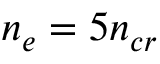
n _ { e } = 5 n _ { c r }